Annual report on the lock hospitals of the Madras Presidency
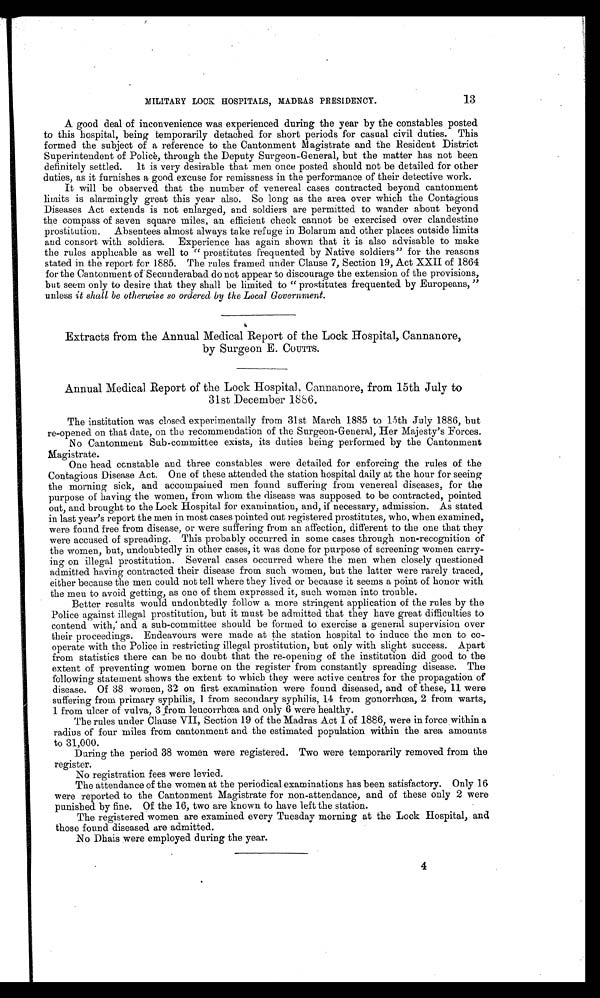
13
MILITARY LOCK HOSPITALS, MADRAS PRESIDENCY.
A good deal of inconvenience was experienced during the year by the constables posted
to this hospital, being temporarily detached for short periods for casual civil duties. This
formed the subject of a reference to the Cantonment Magistrate and the Resident District
Superintendent of Police, through the Deputy Surgeon-General, but the matter has not been
definitely settled. It is very desirable that men once posted should not be detailed for other
duties, as it furnishes a good excuse for remissness in the performance of their detective work.
It will be observed that the number of venereal cases contracted beyond cantonment
limits is alarmingly great this year also. So long as the area over which the Contagious
Diseases Act extends is not enlarged, and soldiers are permitted to wander about beyond
the compass of seven square miles, an efficient check cannot be exercised over clandestine
prostitution. Absentees almost always take refuge in Bolarum and other places outside limits
and consort with soldiers. Experience has again shown that it is also advisable to make
the rules applicable as well to "prostitutes frequented by Native soldiers" for the reasons
stated in the report for 1885. The rules framed under Clause 7, Section 19, Act XXII of 1864
for the Cantonment of Secunderabad do not appear to discourage the extension of the provisions,
but seem only to desire that they shall be limited to "prostitutes frequented by Europeans, "
unless it shall be otherwise so ordered by the Local Government.
Extracts from the Annual Medical Report of the Lock Hospital, Cannanore,
by Surgeon E. COUTTS.
Annual Medical Report of the Lock Hospital, Cannanore, from 15th July to
31st December 1886.
The institution was closed experimentally from 31st March 1885 to 15th July 1886, but
re-opened on that date, on the recommendation of the Surgeon-General, Her Majesty's Forces.
No Cantonment Sub-committee exists, its duties being performed by the Cantonment
Magistrate.
One head constable and three constables were detailed for enforcing the rules of the
Contagious Disease Act. One of these attended the station hospital daily at the hour for seeing
the morning sick, and accompained men found suffering from venereal diseases, for the
purpose of having the women, from whom the disease was supposed to be contracted, pointed
out, and brought to the Lock Hospital for examination, and, if necessary, admission. As stated
in last year's report the men in most cases pointed out registered prostitutes, who, when examined,
were found free from disease, or were suffering from an affection., different to the one that they
were accused of spreading. This probably occurred in some cases through non-recognition of
the women, but, undoubtedly in other cases, it was done for purpose of screening women carry-
ing on illegal prostitution. Several cases occurred where the men when closely questioned
admitted having contracted their disease from such women, but the latter were rarely traced,
either because the men could not tell where they lived or because it seems a point of honor with
the men to avoid getting, as one of them expressed it, such women into trouble.
Better results would undoubtedly follow a more stringent application of the rules by the
Police against illegal prostitution, but it must be admitted that they have great difficulties to
contend with,' and a sub-committee should be formed to exercise a general supervision over
their proceedings. Endeavours were made at the station hospital to induce the men to co-
operate with the Police in restricting illegal prostitution, but only with slight success. Apart
from statistics there can be no doubt that the re-opening of the institution did good to the
extent of preventing women borne on the register from constantly spreading disease. The
following statement shows the extent to which they were active centres for the propagation of
disease. Of 38 women, 32 on first examination were found diseased, and of these, 11 were
suffering from primary syphilis, 1 from secondary syphilis, 14 from gonorrhea, 2 from warts,
1 from ulcer of vulva, 3from leucorrhœa and only 6 were healthy.
The rules under Clause VII, Section 19 of the Madras Act I of 1886, were in force within a
radius of four miles from cantonment and the estimated population within the area amounts
to 31,000.
During the period 38 women were registered. Two were temporarily removed from the
register.
No registration fees were levied.
The attendance of the women at the periodical examinations has been satisfactory. Only 16
were reported to the Cantonment Magistrate for non-attendance, and of these only 2 were
punished by fine. Of the 16, two are known to have left the station.
The registered women are examined every Tuesday morning at the Lock Hospital, and
those found diseased are admitted.
No Dhais were employed during the year.
4